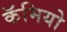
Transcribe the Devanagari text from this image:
कॅमियो